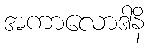
အကာလောဒါနိ